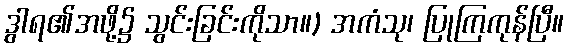
ဒွါရ၏အဖို့၌ သွင်းခြင်းကိုသာ။) အကံသု၊ ပြုကြကုန်ပြီ။